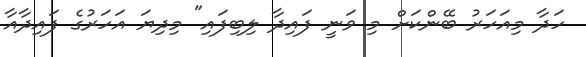
ހަދާ މިއަހަރު ބޭންކަށް މި ވަނީ ފައިދާ ލިބިފައި" މިދިޔަ އަހަރުގެ ފައިދާއާ